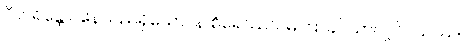
ဝိဟရန္တော၊ နေသည်ရှိသော်။ န စိရေဿဝ၊ မကြာခင်သာလျှင်။ ယဿ၊